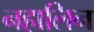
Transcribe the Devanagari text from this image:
नहालिन